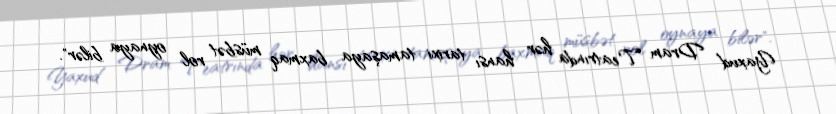
Yaxud Dram Teatrında hər hansı tarixi tamaşaya baxmaq müsbət rol oynaya bilər".